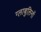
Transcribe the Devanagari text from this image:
ग्लाबुलिनों